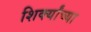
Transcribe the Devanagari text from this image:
शिर्क्यांच्या